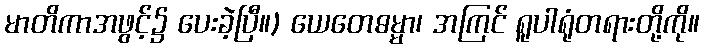
မာတိကာအဖွင့်၌ ပေးခဲ့ပြီ။) ယေတေဓမ္မာ၊ အကြင် ရူပါရုံတရားတို့ကို။